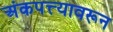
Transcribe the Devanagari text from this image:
अंकपत्त्यावरून